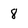
Character: 8